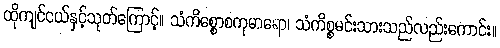
ထိုကျင်ငယ်နှင့်သုတ်ကြောင့်။ သံကိစ္စောစကုမာရော၊ သံကိစ္စမင်းသားသည်လည်းကောင်း။